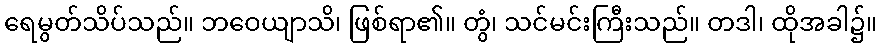
ရေမွတ်သိပ်သည်။ ဘဝေယျာသိ၊ ဖြစ်ရာ၏။ တွံ၊ သင်မင်းကြီးသည်။ တဒါ၊ ထိုအခါ၌။